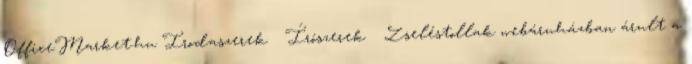
OfficeMarket.hu Irodaszerek Írószerek Zseléstollak webáruházban árult a